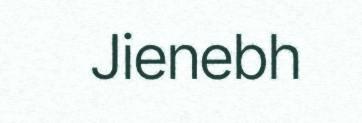
Jienebh